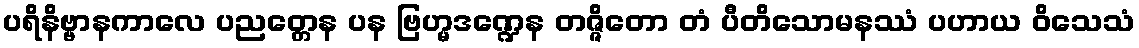
ပရိနိဗ္ဗာနကာလေ ပညတ္တေန ပန ဗြဟ္မဒဏ္ဍေန တဇ္ဇိတော တံ ပီတိသောမနဿံ ပဟာယ ဝိသေသံ